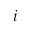
i